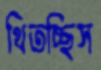
থিতচ্ছিস